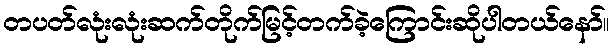
တပတ်လုံးလုံးဆက်တိုက်မြင့်တက်ခဲ့ကြောင်းဆိုပါတယ်နော်။